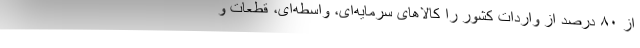
از ۸۰ درصد از واردات کشور را کالاهای سرمایه‌ای، واسطه‌ای، قطعات و